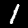
Label: 1